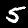
Digit: 5